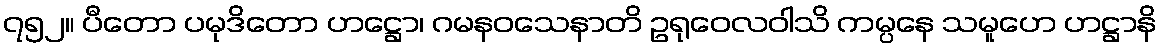
၇၅၂။ ပီတော ပမုဒိတော ဟဋ္ဌော၊ ဂမနဝသေနာတိ ဥရုဝေလဝါသိ ကမ္ပနေ သမူဟေ ဟဋ္ဌာနိ